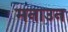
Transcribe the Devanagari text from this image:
मनाउन